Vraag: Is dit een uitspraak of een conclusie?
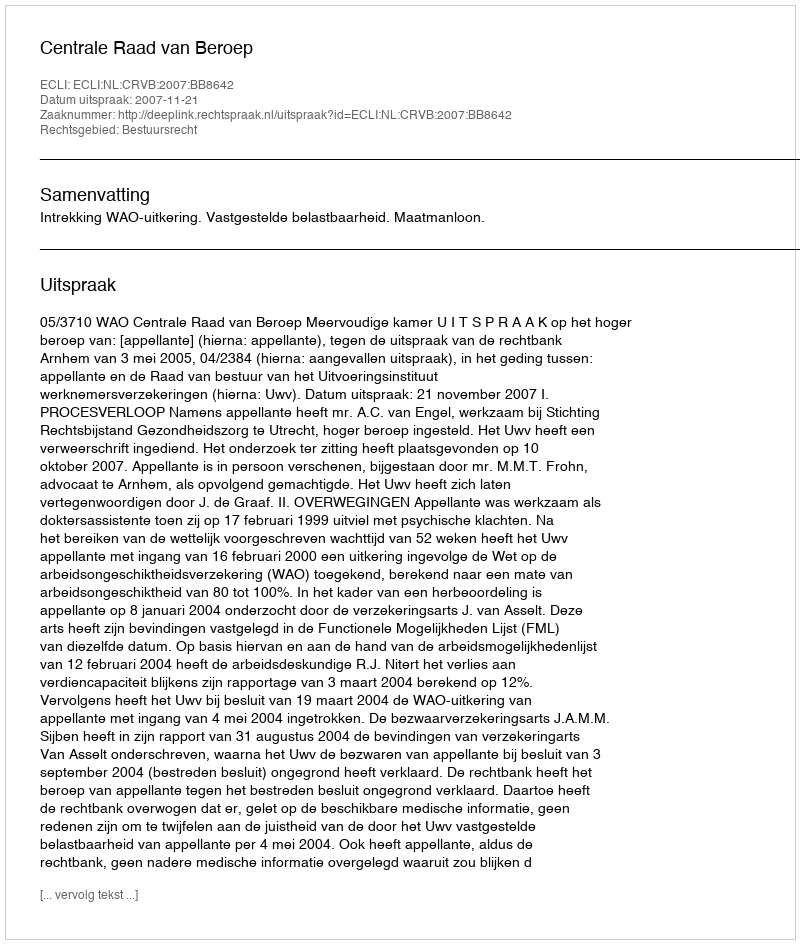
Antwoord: Uitspraak